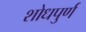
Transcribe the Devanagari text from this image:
शोधपुर्ण